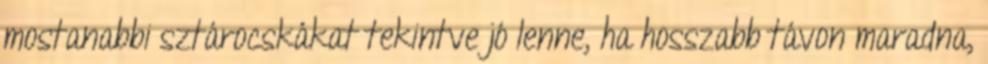
mostanabbi sztárocskákat tekintve jó lenne, ha hosszabb távon maradna,